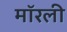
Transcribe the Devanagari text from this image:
मॉरली